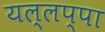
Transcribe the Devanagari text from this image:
यल्लप्पा